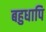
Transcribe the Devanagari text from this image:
बहुधापि